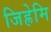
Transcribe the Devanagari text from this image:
जिह्रेमि